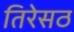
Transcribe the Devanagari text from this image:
तिरेसठ